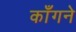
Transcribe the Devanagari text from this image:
काँगने